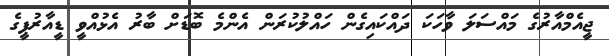
ޖީއެމްއާރުގެ މައްސަލަ ވާހަކަ ދައްކައިގެން ހައްލުކުރަން އެންމެ ބޮޑަށް ބާރު އެޅުއްވީ ޑީއާރުޕީގެ